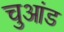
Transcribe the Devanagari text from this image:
चुआंड